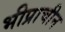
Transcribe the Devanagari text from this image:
भीप्राचीन